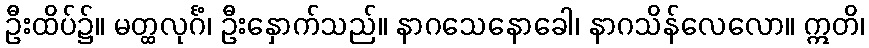
ဦးထိပ်၌။ မတ္ထလုင်္ဂံ၊ ဦးနှောက်သည်။ နာဂသေနောခေါ၊ နာဂသိန်လေလော။ ဣတိ၊